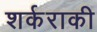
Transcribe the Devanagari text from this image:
शर्कराकी